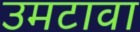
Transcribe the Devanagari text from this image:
उमटावा